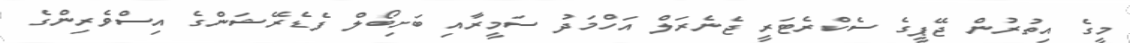
މީގެ އިތުރުން ޖޭޕީގެ ސެކްރެޓަރީ ޖެނެރަލް އަހްމަދު ސަމީރާއި ބަށިބޯލް ފެޑެރޭޝަންގެ އިސްވެރިންގެ